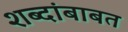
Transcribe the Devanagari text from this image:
शब्दांबाबत